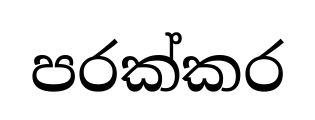
පරක්කර